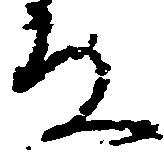
な